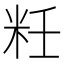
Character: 𰪯